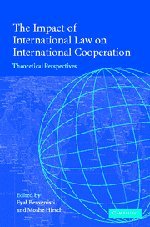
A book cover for The Impact of International Law on International Cooperation: Theoretical Perspectives; Law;